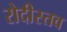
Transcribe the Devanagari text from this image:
रोदीस्तव